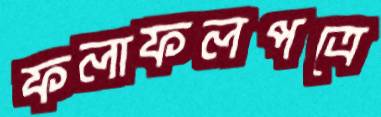
ফলাফলপত্রে